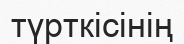
түрткісінің